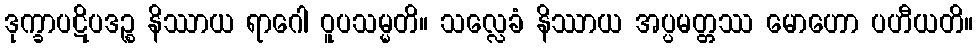
ဒုက္ခာပဋိပဒဉ္စ နိဿာယ ရာဂေါ ဝူပသမ္မတိ။ သလ္လေခံ နိဿာယ အပ္ပမတ္တဿ မောဟော ပဟီယတိ။